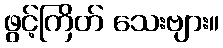
ဖွင့်ကြိတ် သေးဗျား။